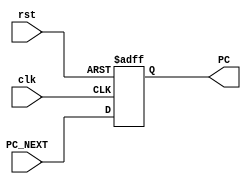
module PROGRAM_COUNTER(
    input clk,rst,
    input[31:0]PC_NEXT,
    output reg[31:0] PC
);

always @(posedge clk,negedge rst) begin
    if (!rst) begin
        PC<=32'b0;
    end
    else
    begin
      PC<=PC_NEXT;
    end
end
endmodule